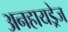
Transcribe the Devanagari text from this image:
अनहायड्रेज